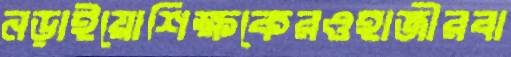
নড়াইয়োশিক্ষকেরওহাজীরবা